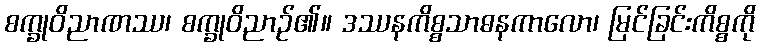
စက္ခုဝိညာဏဿ၊ စက္ခုဝိညာဉ်၏။ ဒဿနကိစ္စသာဓနကာလော၊ မြင်ခြင်းကိစ္စကို